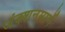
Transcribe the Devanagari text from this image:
जंक्शनमार्गे